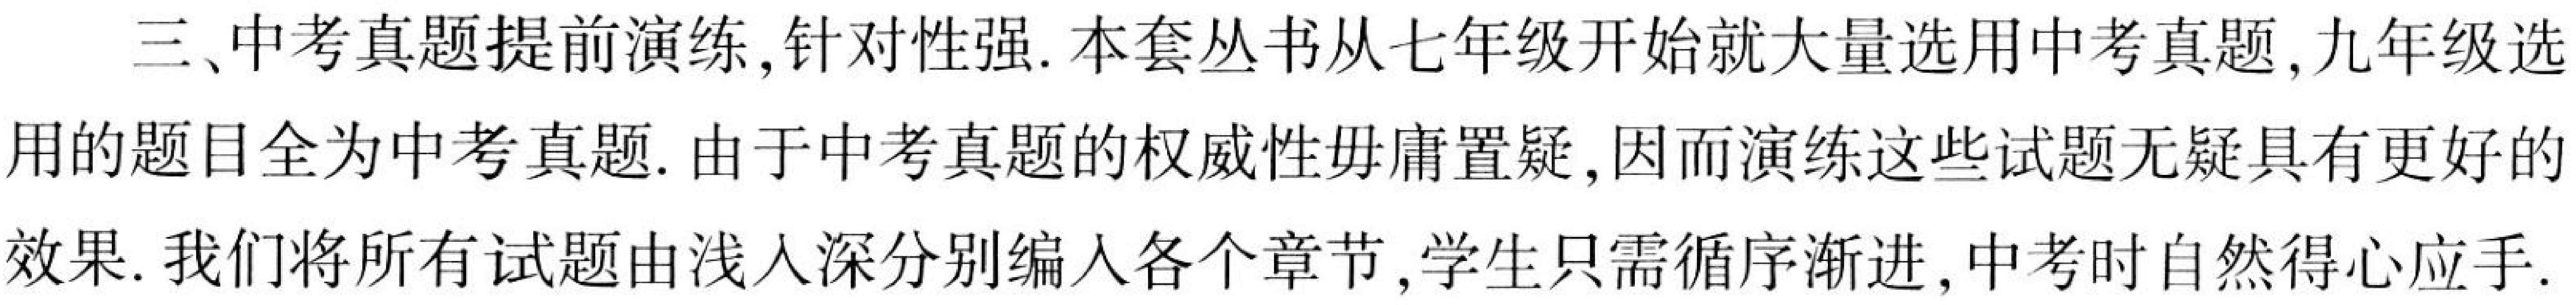
三、中考真题提前演练,针对性强. 本套丛书从七年级开始就大量选用中考真题, 九年级选用的题目全为中考真题. 由于中考真题的权威性毋庸置疑, 因而演练这些试题无疑具有更好的效果. 我们将所有试题由浅入深分别编入各个章节, 学生只需循序渐进, 中考时自然得心应手.